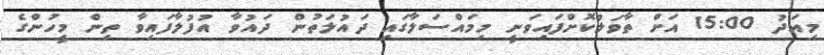
މިއަދު 15:00 އަށް ތާވަލުކޮށްފައިވަނީ މިމައްސަލާގައި ދައުލަތުން ދައުވާ އުފުލާފައިވާ ތިން މީހުންގެ